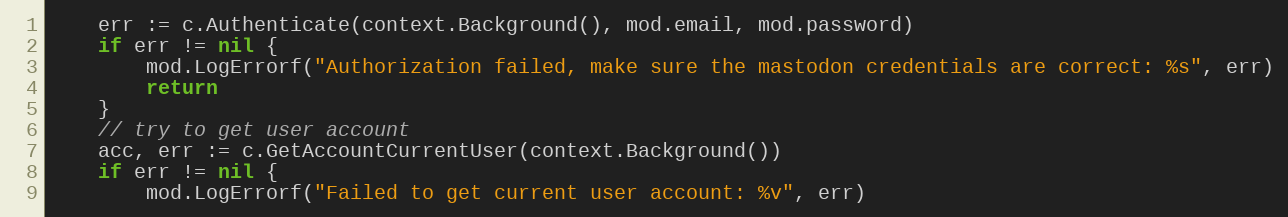
Language: Go
	err := c.Authenticate(context.Background(), mod.email, mod.password)
	if err != nil {
		mod.LogErrorf("Authorization failed, make sure the mastodon credentials are correct: %s", err)
		return
	}
	// try to get user account
	acc, err := c.GetAccountCurrentUser(context.Background())
	if err != nil {
		mod.LogErrorf("Failed to get current user account: %v", err)